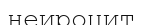
неироцит